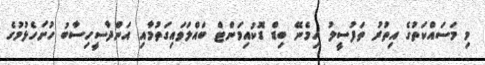
މި މަސައްކަތުގެ އިތުރު ތަފުސީލު ހިމެނޭ ބިޑް ޑޮކުއިމަންޓް ބައްލަވައިގަތުމާއި އަންދާސީހިސާބު ހުށަހެޅުމުގެ